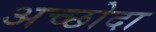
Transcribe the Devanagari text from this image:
अच्छोदा